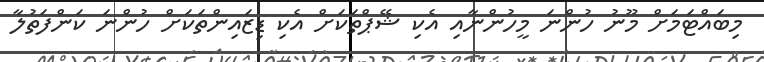
މިބައްޓަމަށް މޫނު ހުންނަ މީހުންނާއި އެކި ޝޭޕްތަކަށް އެކި ޑިޒައިންތަކަށް ހުންނަ ކަންފަތުލާ